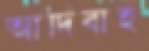
আদিবাহ